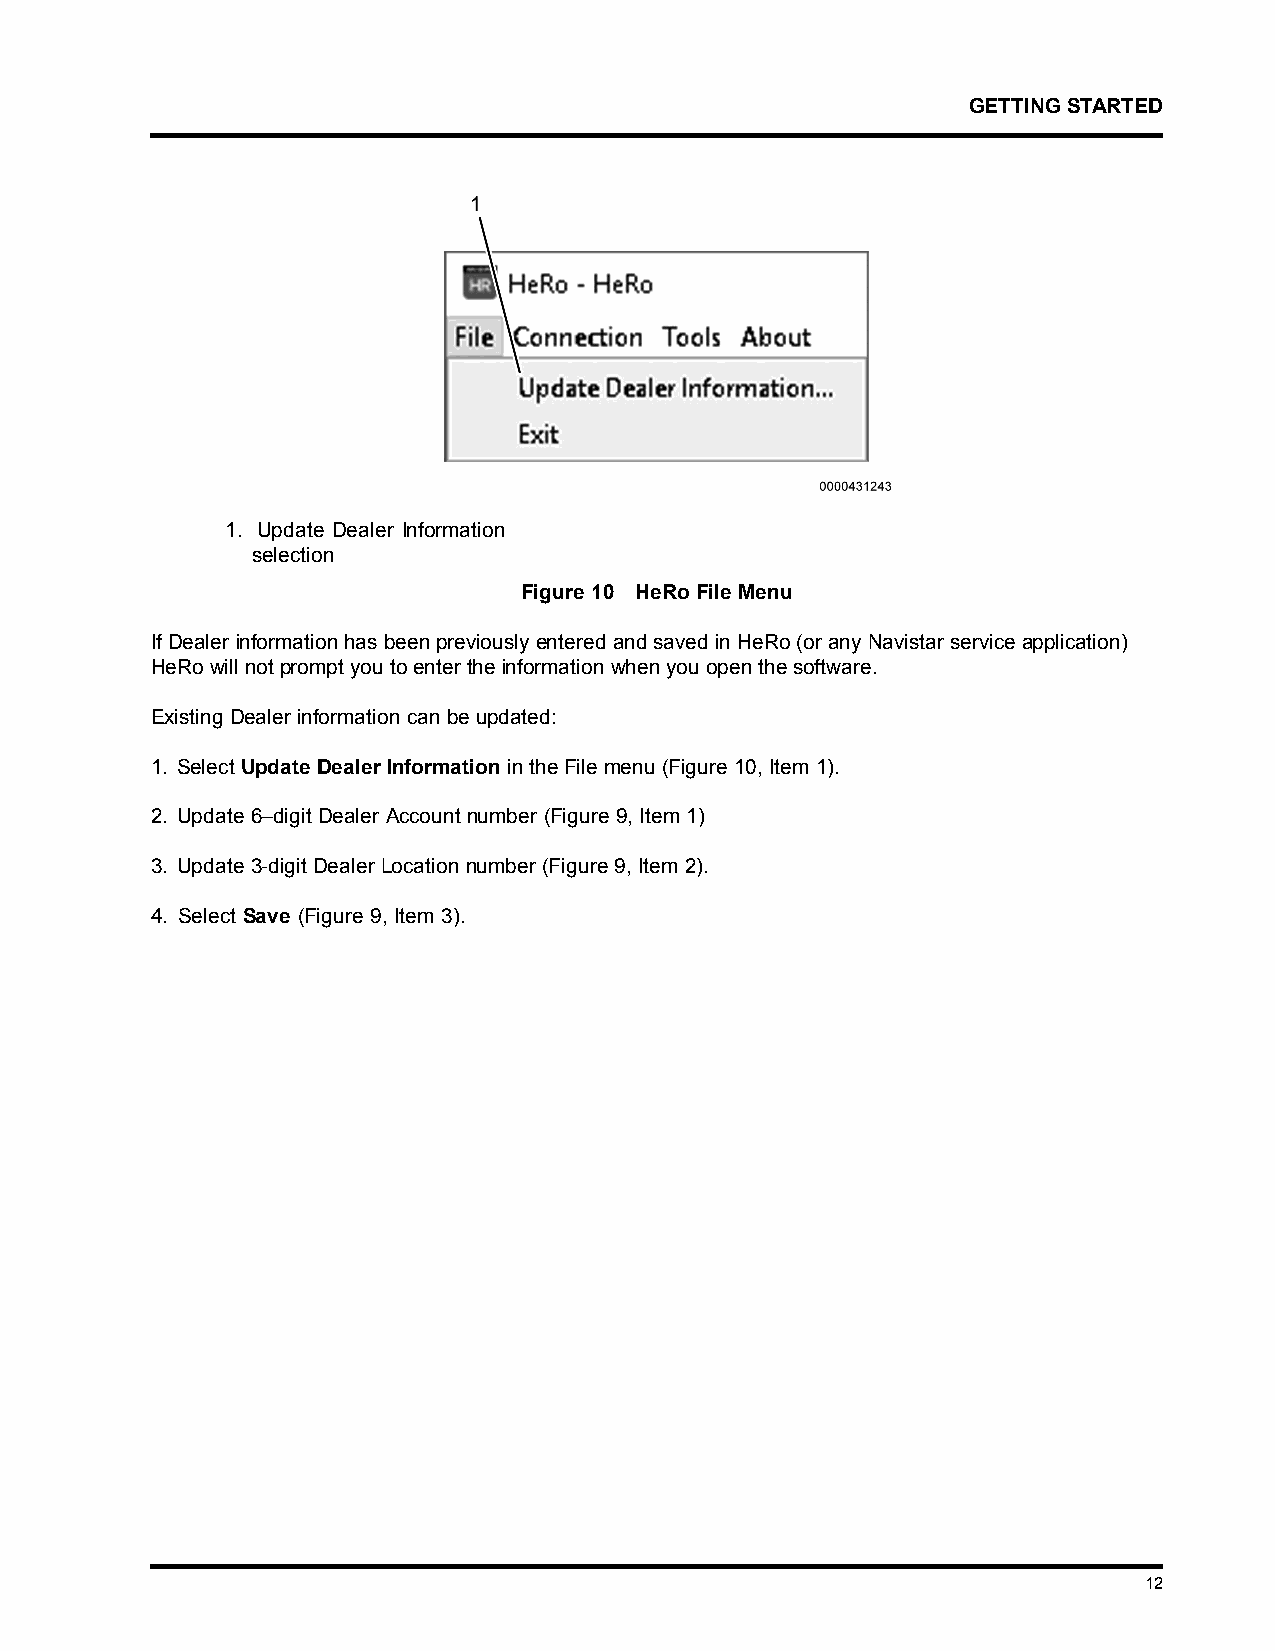
GETTINGSTARTED
 1. Update Dealer Information
 selection
 Figure 10 HeRo File Menu
 IfDealerinformationhasbeenpreviouslyenteredandsavedinHeRo(oranyNavistarserviceapplication)
 HeRowillnotpromptyoutoentertheinformationwhenyouopenthesoftware.
 Existing Dealer information can be updated:
 1. SelectUpdateDealerInformationintheFilemenu(Figure10, Item1).
 2. Update 6–digit Dealer Account number (Figure 9, Item 1)
 3. Update 3-digit Dealer Location number (Figure 9, Item 2).
 4. Select Save (Figure 9, Item 3).
 12